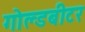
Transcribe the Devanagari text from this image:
गोल्डबीटर